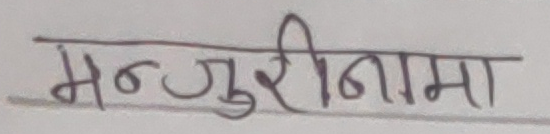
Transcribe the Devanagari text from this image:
मन्जुरीनामा